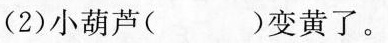
(2)小葫芦( )变黄了。